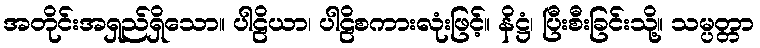
အတိုင်းအရှည်ရှိသော။ ပါဠိယာ၊ ပါဠိစကားလုံးဖြင့်။ နိဋ္ဌံ၊ ပြီးစီးခြင်းသို့။ သမ္ပတ္တာ